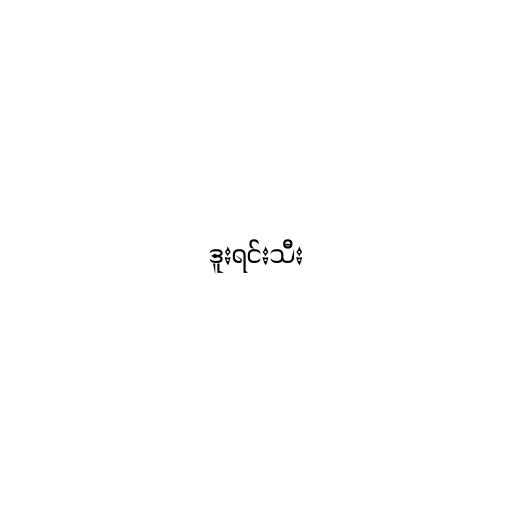
ဒူးရင်းသီး